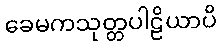
ခေမကသုတ္တပါဠိယာပိ